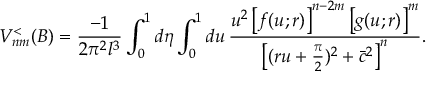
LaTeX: V _ { n m } ^ { < } ( B ) = \frac { - 1 } { 2 \pi ^ { 2 } l ^ { 3 } } \int _ { 0 } ^ { 1 } d \eta \int _ { 0 } ^ { 1 } d u \, \frac { u ^ { 2 } \left[ f ( u ; r ) \right] ^ { n - 2 m } \left[ g ( u ; r ) \right] ^ { m } } { \left[ ( r u + \frac { \pi } { 2 } ) ^ { 2 } + \bar { c } ^ { 2 } \right] ^ { n } } .